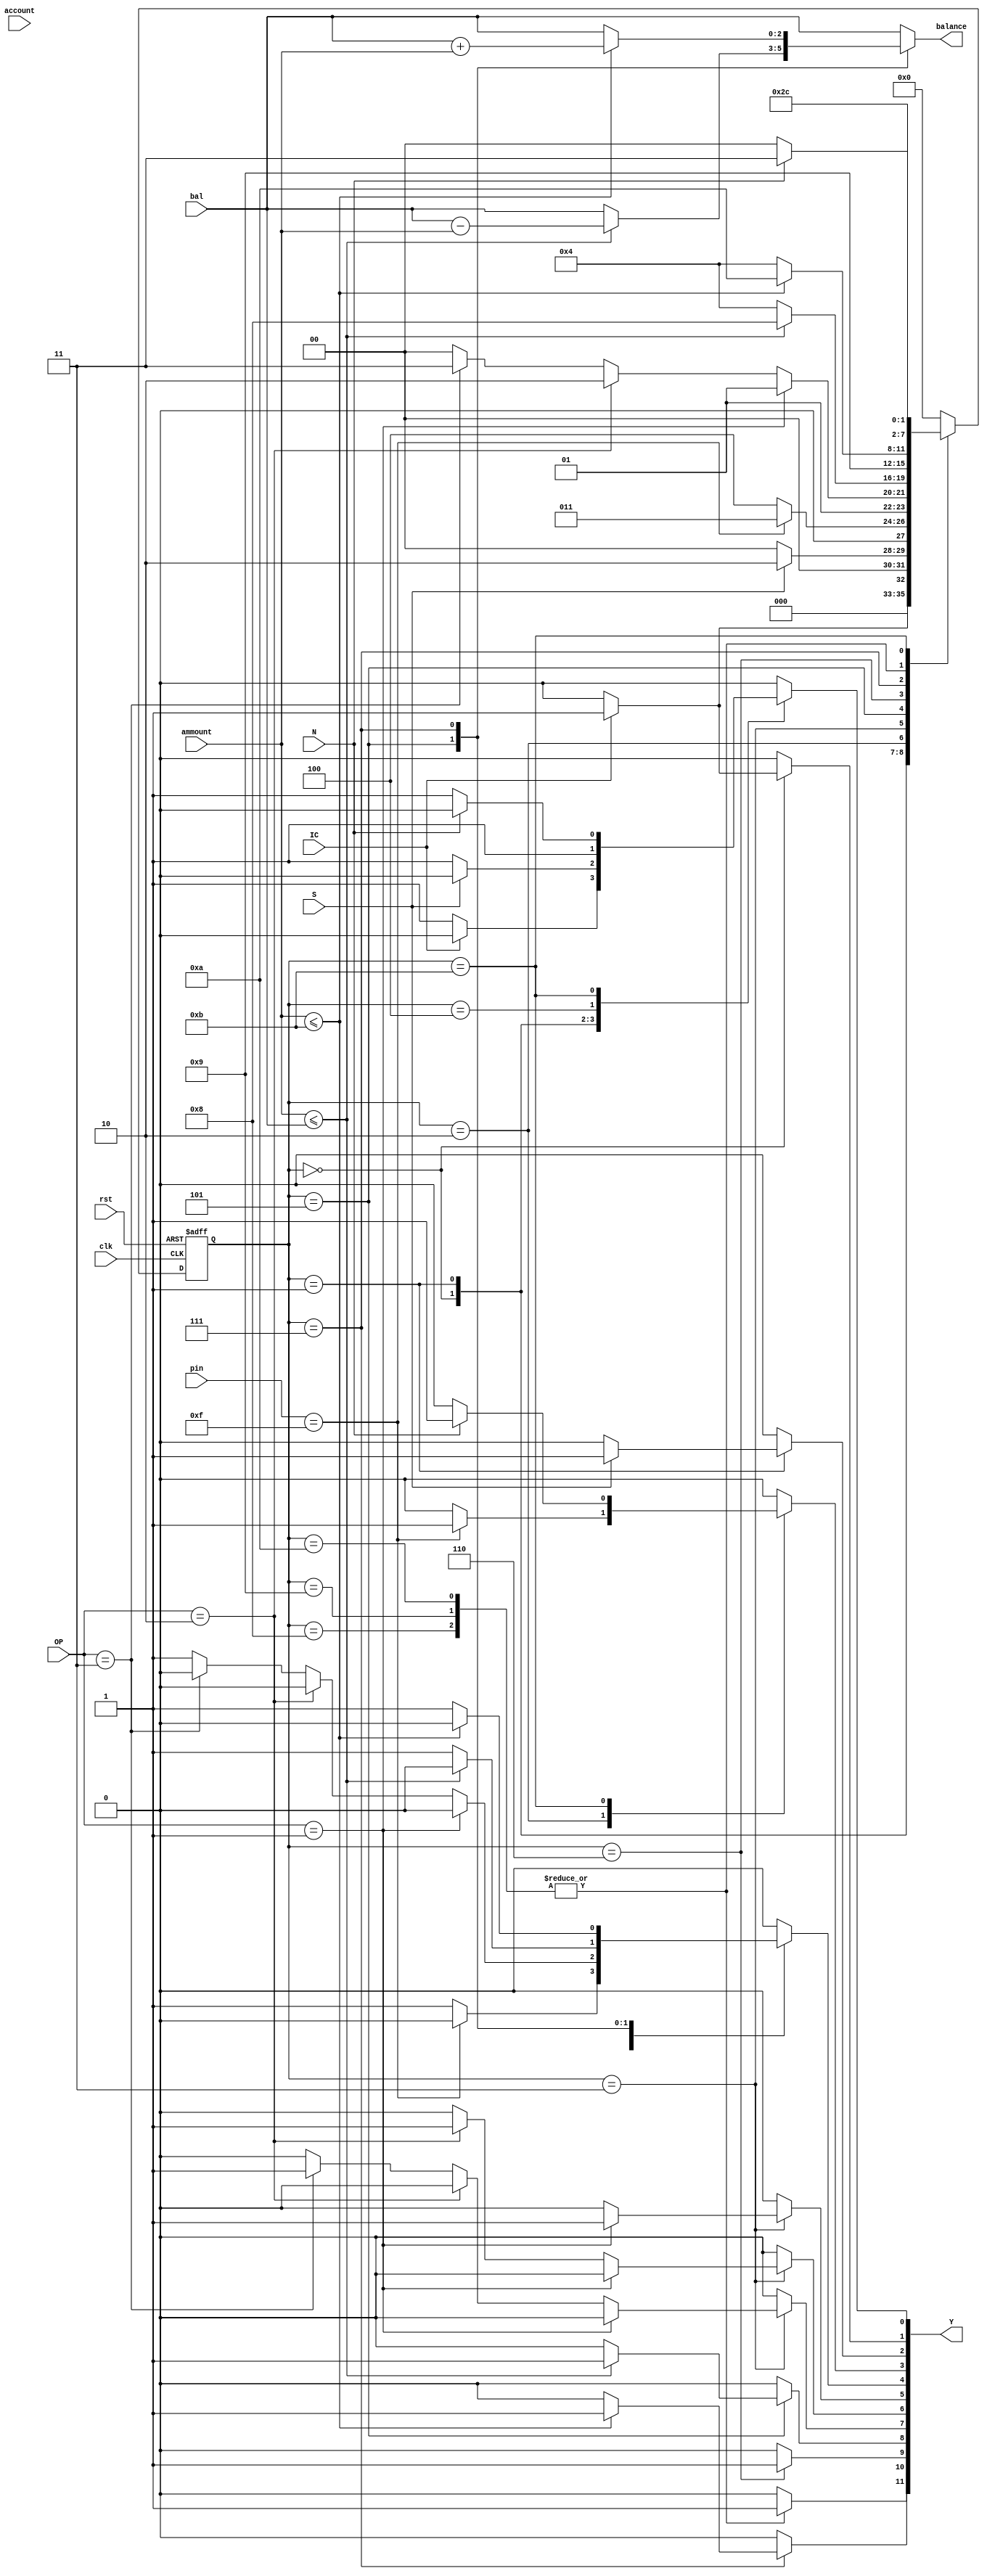
`timescale 1ns / 1ps
//////////////////////////////////////////////////////////////////////////////////
// Company: 
// Engineer: 
// 
// Design Name: 
// Module Name: ATM_Controller
// Project Name: 
// Target Devices: 
// Tool Versions: 
// Description: 
// 
// Dependencies: 
// 
// Revision:
// Revision 0.01 - File Created
// Additional Comments:
// 
//////////////////////////////////////////////////////////////////////////////////

module ATM_Controller(clk,rst,account,pin,bal,ammount,IC,S,OP,N,Y,balance);

input wire clk,rst,IC,S,N; //IC=insert_card,S=card_scan,N=more_transaction
input wire [3:0] pin;
input wire [4:0] account;
input wire [2:0] bal;
input wire [2:0] ammount;
input wire [1:0] OP; //OP= option that is selected by the user
output reg [11:0] Y;
output reg [2:0] balance;

//Definining all the state of ATM controller
parameter [3:0]  Welcome=4'b0000,           //s0
                 Scan_Card=4'b0001,         //s1
                 Enter_Pin=4'b0010,         //s2
                 Option_For_Txn=4'b0011,    //s3
                 Invalid=4'b0100,           //s4
                 Withdraw=4'b0101,          //s5
                 Balance_Check=4'b0110,     //s6
                 Deposit=4'b0111,           //s7
                 Withdrawn_Ammount=4'b1000, //s8
                 Balance_Show=4'b1001,      //s9
                 Deposited_Ammount=4'b1010, //s10
                 Next=4'b1011;              //s11

reg [3:0] current_state, next_state;
always @(*)
begin
     Y[0]  <= 0;
     Y[1]  <= 0; 
     Y[2]  <= 0;
     Y[3]  <= 0;
     Y[4]  <= 0;
     Y[5]  <= 0;
     Y[6]  <= 0;
     Y[7]  <= 0;
     Y[8]  <= 0;
     Y[9]  <= 0;
     Y[10] <= 0;
     Y[11] <= 0;
     
     next_state <= 0;
     balance <= bal;

case(current_state)
       Welcome:begin
                       if(IC)
                            begin
                            next_state <= Scan_Card;
                            Y[1] <= 1;
                            end
                       else
                            begin
                            next_state <= Welcome;
                            Y[0] <= 1;
                            end
                end
                       
       Scan_Card: begin
                       if(S)
                            begin
                            next_state <= Enter_Pin;
                            Y[2] <= 1;
                            end
                       else
                            begin
                            next_state <= Welcome;
                            Y[0] <= 1;
                            end
                  end
                  
      Enter_Pin: begin
                       if(pin == 4'b1111)
                            begin
                            next_state <= Option_For_Txn;
                            Y[3] <= 1;
                            end
                       else
                            begin
                            next_state <= Invalid;
                            Y[4] <= 1;
                       end
                 end
                 
      Invalid: begin
                       next_state <= Welcome;
                       Y[0] <= 1;
               end
               
      Option_For_Txn: begin
                         if(OP == 2'b01)
                             begin
                             next_state <= Withdraw;
                             Y[5] <= 1;
                             end
                         else if(OP == 2'b10)
                             begin
                             next_state <= Balance_Check;
                             Y[6] <= 1;
                             end
                         else if(OP == 2'b11)
                             begin
                             next_state <= Deposit;
                             Y[7] <= 1;
                             end
                         else
                             begin
                             next_state <= Invalid;
                             Y[4] <= 1;
                             end
                 end
                         
      Withdraw: begin
                        if(ammount <= bal) 
                             begin
                             balance<=bal-ammount;
                             next_state <= Withdrawn_Ammount;
                             Y[8] <= 1;
                             end
                        else
                             begin
                             next_state <= Invalid;
                             Y[4] <= 1;
                             end
                end
                
      Balance_Check: begin
                       next_state <= Balance_Show;
                       Y[9] <= 1;
                     end
                     
      Deposit: begin
                    if(ammount <= 11)
                             begin
                             balance<=bal+ammount;
                             next_state <= Deposited_Ammount;
                             Y[10] <= 1;
                             end
                    else
                             begin
                             next_state <= Invalid;
                             Y[4] <= 1;
                             end
                    end
                    
      Withdrawn_Ammount: begin
                             next_state <= Next;
                             Y[11] <= 1;
                         end
                         
      Balance_Show: begin
                             next_state <= Next;
                             Y[11] <= 1;
                    end
                    
      Deposited_Ammount: begin
                             next_state <= Next;
                             Y[11] <= 1;
                         end
                         
      Next: begin
                   if(N)
                        begin
                        next_state <= Option_For_Txn;
                        Y[3] <= 1;
                        end
                   else
                        begin
                        next_state <= Welcome;
                        Y[0] <= 1;
                        end
            end
 endcase

end

always @(posedge clk or negedge rst)
         begin
              if(!rst)
                     begin
                     current_state<=Welcome;
                     end
              else
                     current_state<=next_state;
                     end
endmodule